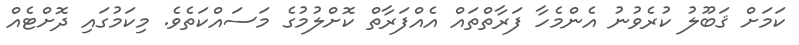
ކަމަށް ޤަބޫލު ކުރެވުނު އެންމެހާ ފަރާތްތައް އެއްފަރާތް ކޮށްލުމުގެ މަސައްކަތެވެ. މިކަމުގައި ދޮށްޓެއް